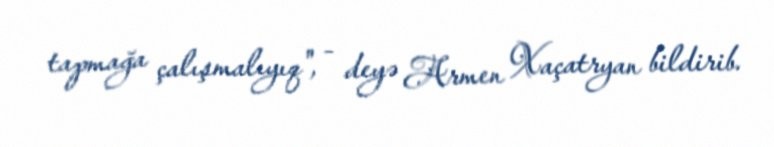
tapmağa çalışmalıyıq", - deyə Armen Xaçatryan bildirib.